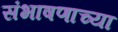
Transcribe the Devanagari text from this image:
संभाषणाच्या